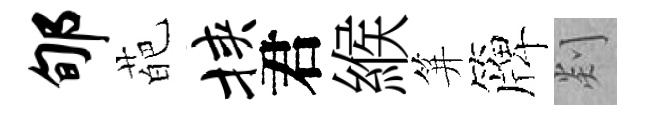
郇葩挟君緱笄簰剡